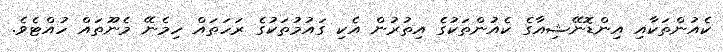
ކެއުންތަކާއި އިންޑޮނޭޝިއާގެ ކެއުންތަކުގެ އިތުރުން އެކި ގައުމުތަކުގެ ރަހަތައް ހިމެނޭ މެނޫތައް ހުއްޓެވެ.